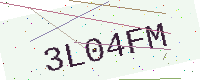
Text: 3L04FM